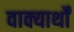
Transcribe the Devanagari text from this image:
वाक्यार्थों